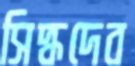
সিদ্ধদেব